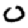
Digit: 0